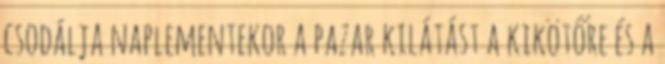
csodálja naplementekor a pazar kilátást a kikötőre és a